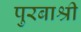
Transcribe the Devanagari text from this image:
पुरबाश्री